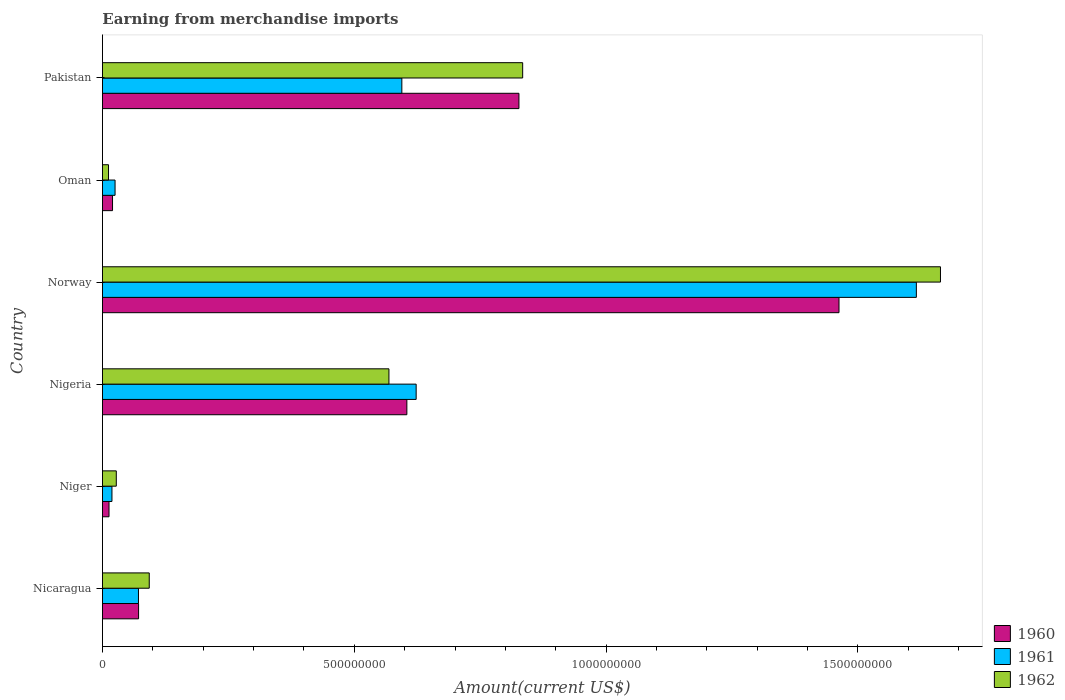
| Country | 1960 | 1961 | 1962 |
 | --- | --- | --- | --- |
 | Nicaragua | 7.17e+07 | 7.15e+07 | 9.29e+07 |
 | Niger | 1.3e+07 | 1.88e+07 | 2.75e+07 |
 | Nigeria | 6.04e+08 | 6.23e+08 | 5.69e+08 |
 | Norway | 1.46e+09 | 1.62e+09 | 1.66e+09 |
 | Oman | 2e+07 | 2.5e+07 | 1.2e+07 |
 | Pakistan | 8.27e+08 | 5.94e+08 | 8.34e+08 |